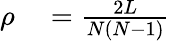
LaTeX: \begin{array}{rl}{\rho}&{{}=\frac{2L}{N(N-1)}}\end{array}